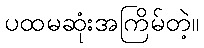
ပထမဆုံးအကြိမ်တဲ့။